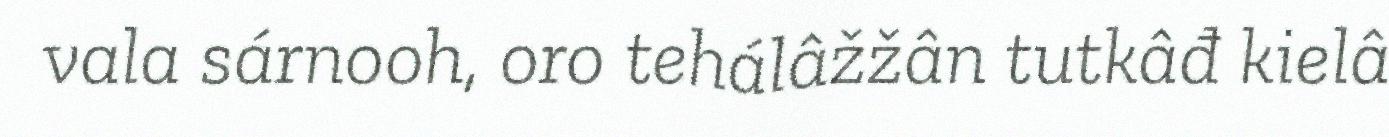
vala sárnooh, oro tehálâžžân tutkâđ kielâ